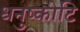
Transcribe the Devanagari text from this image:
धनुष्कोटि